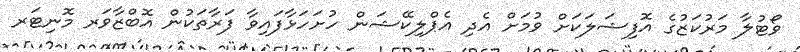
ވޯޓުލާ މަރުކަޒުގެ އޮފިޝަލަކަށް ވުމަށް އެދި އެޕްލިކޭޝަން ހުށަހަޅާފައިވާ ފަރާތަކުން އޮބްޒާވަރ މޮނިޓަރ